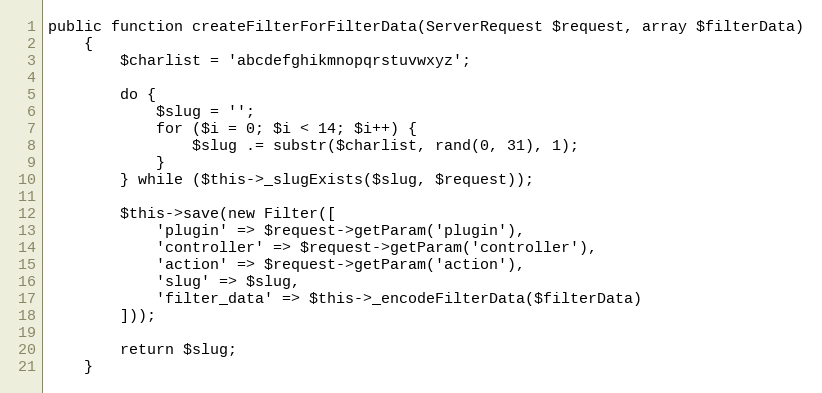
Language: PHP
public function createFilterForFilterData(ServerRequest $request, array $filterData)
    {
        $charlist = 'abcdefghikmnopqrstuvwxyz';

        do {
            $slug = '';
            for ($i = 0; $i < 14; $i++) {
                $slug .= substr($charlist, rand(0, 31), 1);
            }
        } while ($this->_slugExists($slug, $request));

        $this->save(new Filter([
            'plugin' => $request->getParam('plugin'),
            'controller' => $request->getParam('controller'),
            'action' => $request->getParam('action'),
            'slug' => $slug,
            'filter_data' => $this->_encodeFilterData($filterData)
        ]));

        return $slug;
    }